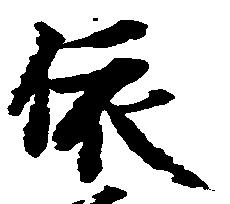
依